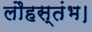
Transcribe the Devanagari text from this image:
लौहस्तंभ।